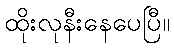
ထိုးလုနီးနေပေပြီ။